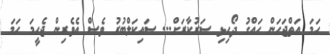
ހަމަ އަތްޖަހަން ހައްގު ދޯހިޅި ސަރުކާރަށް... ސައިކަލްބުރު ވެސް އެވެރިން ޖެހީމަ ހަމަ